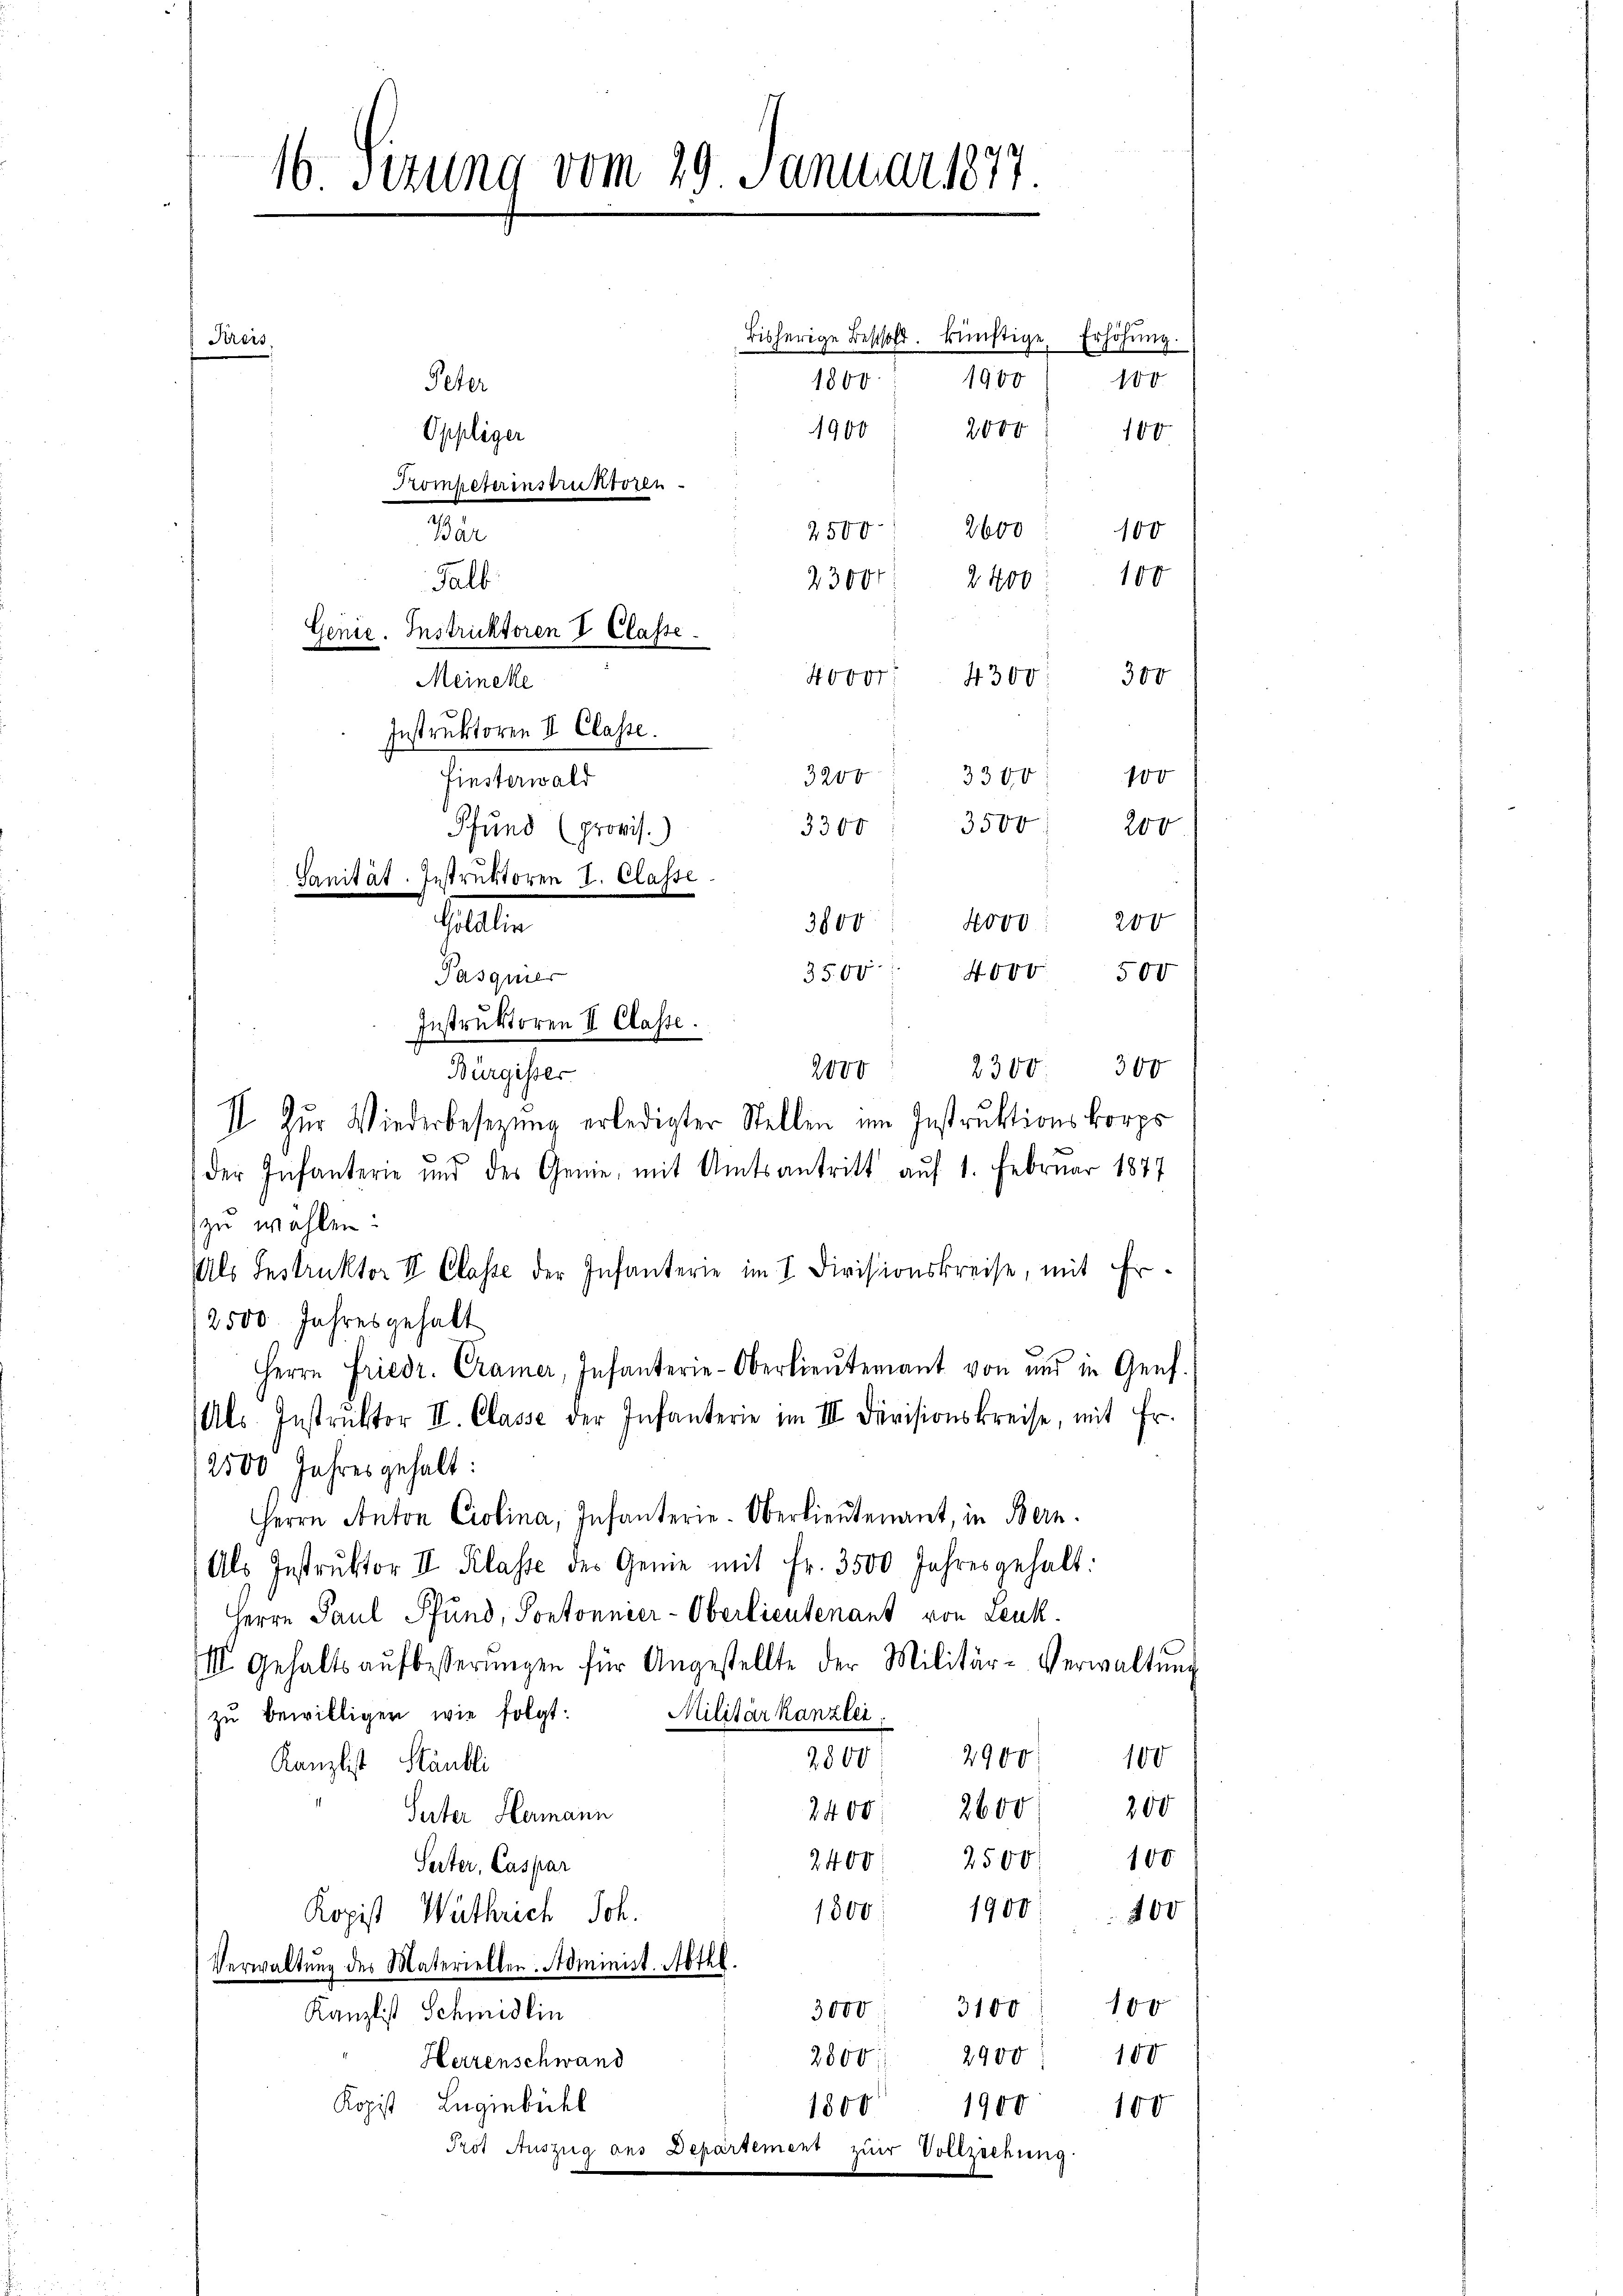
16 Sizung vom 29. Januar 1877.

bisherige Beschold. künftige Erhöhung.
Krers,
1900
100.
Peter
1800
1900 " 2000 : 100
Trompeterinstruktoren
Wär
2600
2500
100
100
23000 2400
Falb
Genie. Instruktoren V Classe.
300
Novor
4300
Meineke
Instruktoren II. Classe.
3300
3200
Pindamals
3500
3300
200
Köv0:
3800
3500 " 4000
500
2000. 2300. 300
Bürgisser
II. Zur Wiederbesetzung erledigter Stellen im Instruktionskorps
der Infanterie und des Genie, mit Amtsantritt auf 1. Februar 1877
zu wählen:
Als Instruktor V. Classe der Infanterie im I. Divisionskreise, mit Er¬
2500 Jahresgehalt
Herrn Friedr. Cramer, Infanterie-Oberlieŭtenant von und in Genf
Als. Instrŭktor II. Classe der Infanterie im III. Devisionskreise, mit Fr.
2500 Jahres gehalt:
Herrn Anton Ciolina, Infanterie-Oberlieutenant, in Bern.
Als Instrŭktor II Klasse des Genie mit fr. 3500 Jahresgehalt:
Herrn Paul Pfund, Pontonnier-Oberlieutenant von Leuk
III. Gehalts aŭfbesserŭngen für Angestellte der Militär-Verwaltŭng
zŭ bewilligen wie folgt: Militär kanzlei,
2800. 2900. 100
Kanzlist Stäubli
2400. 2600 200
Suter Hermann
100
2400 2500
Seiter, Caspar
1800. 1900. 900
Kopist Wathrich Joh.
Verwaltŭng des Materiellen. Administ. Abthl.
3000 3100 100
Kanzlist Schmidlin
2900
100
2800
Herrenschwand
Kopist Luginbühl
1800 1900 100
Prot. Auszug aus Departement zur Vollziehung

Oppliger

Pfund (provis.)
Sanität. Instruktoren I. Classe
sollten
Pasquier
Instruktoren II. Classe.

100
200